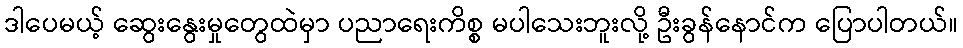
ဒါပေမယ့် ဆွေးနွေးမှုတွေထဲမှာ ပညာရေးကိစ္စ မပါသေးဘူးလို့ ဦးခွန်နောင်က ပြောပါတယ်။